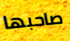
صاحبها